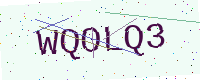
Text: WQOLQ3